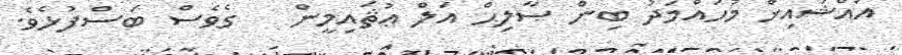
އައްޝައިޚް މުހައްމަދު ބިން ޞާލިޙް އަލް ޢުޘައިމީން   ގެވެސް ބަސްފުޅެވެ.